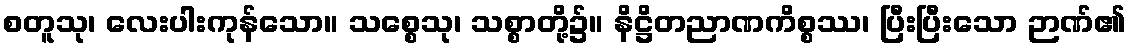
စတူသု၊ လေးပါးကုန်သော။ သစ္စေသု၊ သစ္စာတို့၌။ နိဋ္ဌိတညာဏကိစ္စဿ၊ ပြီးပြီးသော ဉာဏ်၏